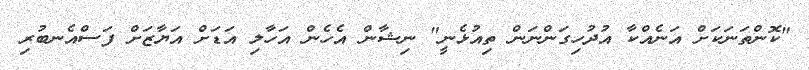
"ކޮންތަނަކަށް އަނެއްކާ އުދުހިގަންނަން ތިއުޅެނީ" ނިޝާން އެހެން އަހާލި އަޑަށް އަޔާޒަށް ފަސްއެނބުރި